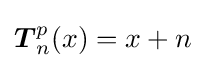
{\boldsymbol {T}}_{n}^{p}(x)=x+n